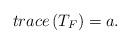
LaTeX: \begin{align*}trace\left(T_{F}\right)=a.\end{align*}